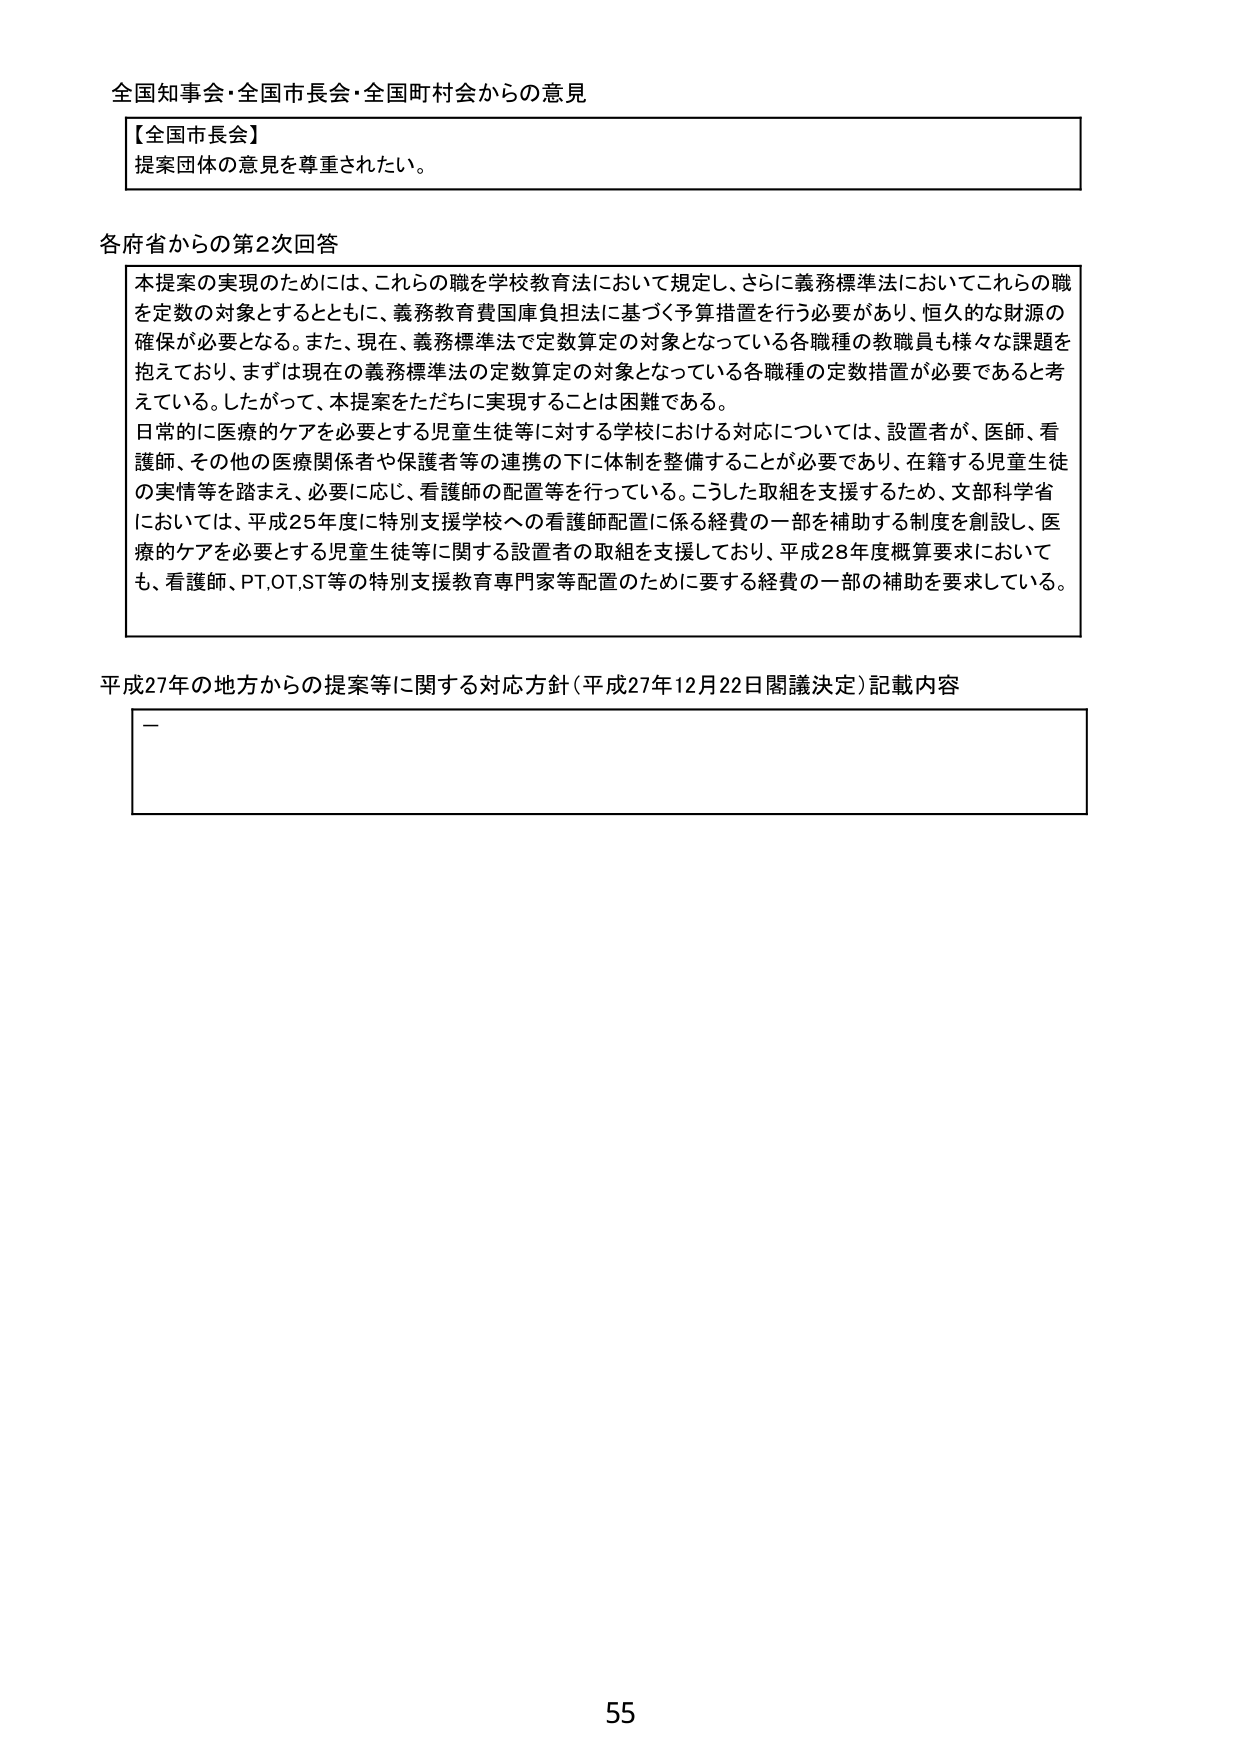
全国知事会・全国市長会・全国町村会からの意見

【全国市長会】
提案団体の意見を尊重されたい。

各府省からの第2次回答
本提案の実現のためには、これらの職を学校教育法において規定し、さらに義務標準法においてこれらの職を定数の対象とするとともに、義務教育費国庫負担法に基づく予算措置を行う必要があり、恒久的な財源の確保が必要となる。また、現在、義務標準法で定数算定の対象となっている各職種の教職員も様々な課題を抱えており、まずは現在の義務標準法の定数算定の対象となっている各職種の定数措置が必要であると考えている。したがって、本提案をただちに実現することは困難である。
日常的に医療的ケアを必要とする児童生徒等に対する学校における対応については、設置者が、医師、看護師、その他の医療関係者や保護者等の連携の下に体制を整備することが必要であり、在籍する児童生徒の実情等を踏まえ、必要に応じ、看護師の配置等を行っている。こうした取組を支援するため、文部科学省においては、平成25年度に特別支援学校への看護師配置に係る経費の一部を補助する制度を創設し、医療的ケアを必要とする児童生徒等に関する設置者の取組を支援しており、平成28年度概算要求においても、看護師、PT,OT,ST等の特別支援教育専門家等配置のために要する経費の一部の補助を要求している。

平成27年の地方からの提案等に関する対応方針（平成27年12月22日閣議決定）記載内容
－

55